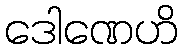
ဒေါဏေဟိ